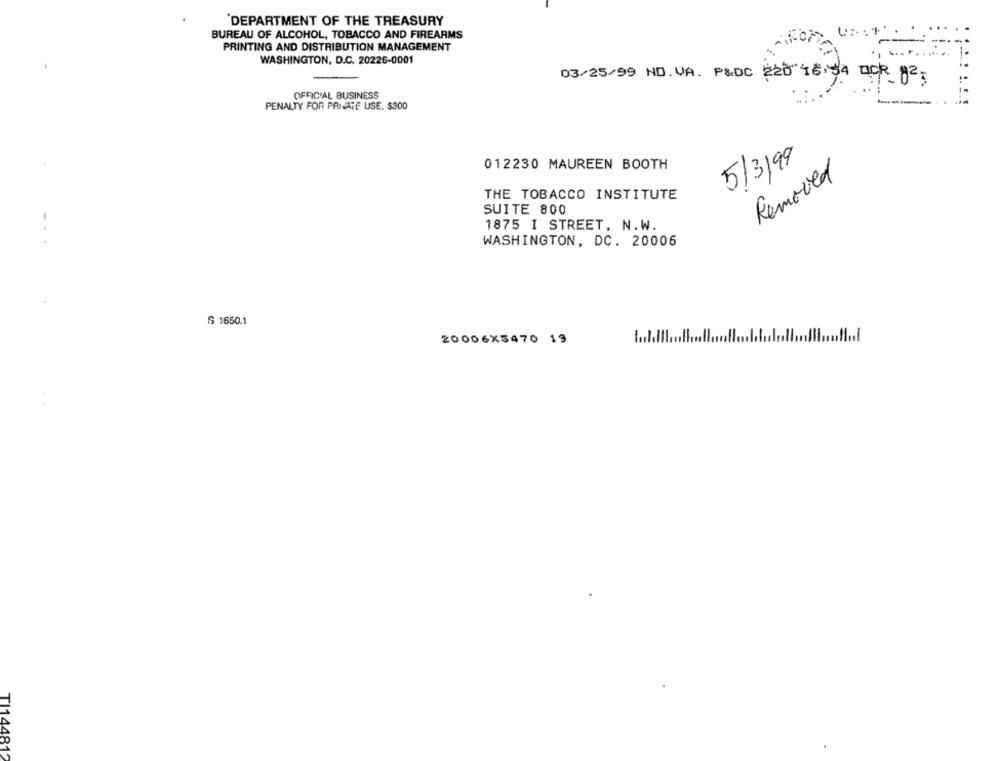
DEPARTMENT OF THE TREASURY
BUREAU OF ALCOHOL, TOBACCO AND FIREARMS
PRINTING AND DISTRIBUTION MANAGEMENT
WASHINGTON, D.C. 20226-0001
03/25/99 NO. VA. P&DC 220 16:34 OR 82;
OFFICIAL BUSINESS
PENALTY FOR PANATE USE. $300
5/3/99
012230 MAUREEN BOOTH
Removed
THE TOBACCO INSTITUTE
SUITE 800
1875 I STREET, N.W.
WASHINGTON, DC. 20006
S 1650.1
20006X5470 19
TI14
181'